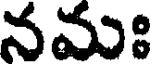
నమః